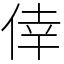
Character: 倖